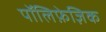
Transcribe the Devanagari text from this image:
पॉलिफ़ेज़िक